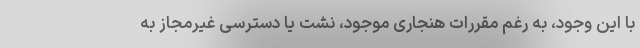
با این وجود، به رغم مقررات هنجاری موجود، نشت یا دسترسی غیرمجاز به